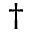
^ \dagger